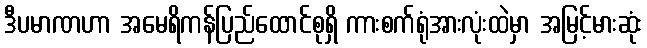
ဒီပမာဏဟာ အမေရိကန်ပြည်ထောင်စုရှိ ကားစက်ရုံအားလုံးထဲမှာ အမြင့်မားဆုံး